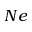
N e